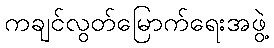
ကချင်လွတ်မြောက်ရေးအဖွဲ့